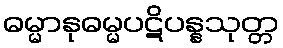
ဓမ္မာနုဓမ္မပဋိပန္နသုတ္တ